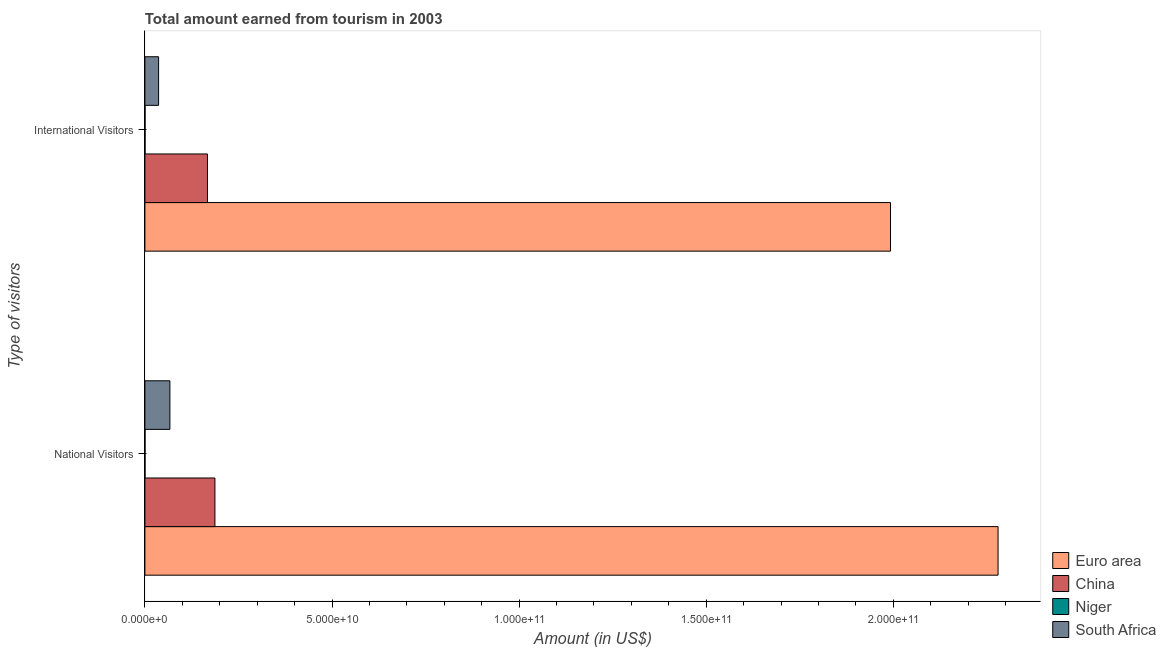
| Type of visitors | Euro area | China | Niger | South Africa |
 | --- | --- | --- | --- | --- |
 | National Visitors | 2.28e+11 | 1.87e+10 | 2.75e+07 | 6.67e+09 |
 | International Visitors | 1.99e+11 | 1.67e+10 | 3.9e+07 | 3.66e+09 |